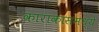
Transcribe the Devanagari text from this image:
काराकासमध्ये